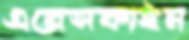
এরেসকাইন